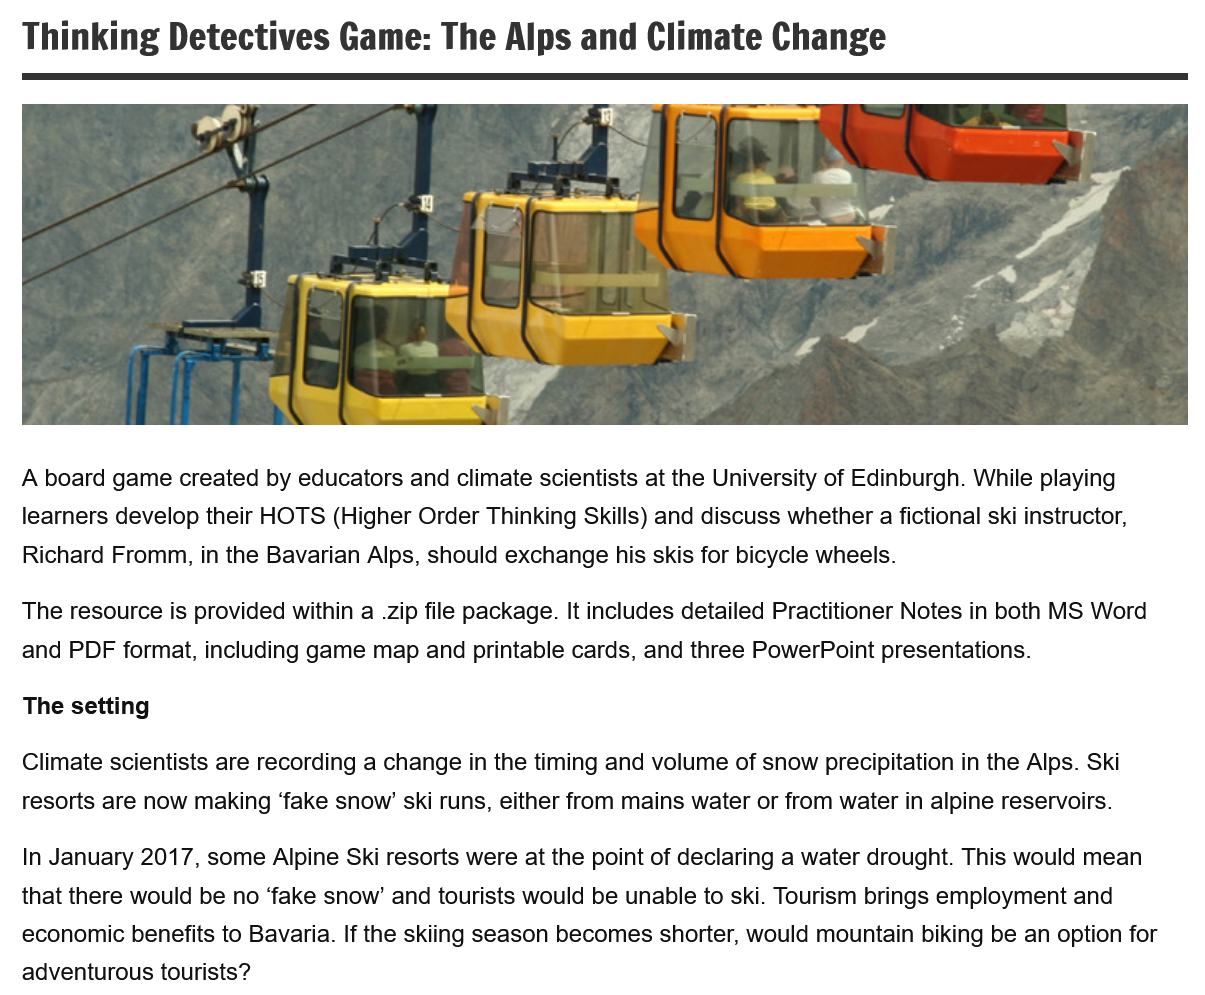
Thinking    Detectives    Game:   The   Alps  and   Climate   Change
  A board game created by educators and climate scientists at the University of Edinburgh. While playing
  learners develop their HOTS (Higher Order Thinking Skills) and discuss whether a fictional ski instructor,
   Richard Fromm, in the Bavarian Alps, should exchange his skis for bicycle wheels.
  The resource is provided within a .zip file package. It includes detailed Practitioner Notes in both MS Word
  and PDF format, including game map and printable cards, and three PowerPoint presentations.
  Climate scientists are recording a change in the timing and volume of snow precipitation in the Alps. Ski
  resorts are now making ‘fake snow’ ski runs, either from mains water or from water in alpine reservoirs.
  The setting
   In January 2017, some Alpine Ski resorts were at the point of declaring a water drought. This would mean
  that there would be no ‘fake snow’ and tourists would be unable to ski. Tourism brings employment and
  economic  benefits to Bavaria. If the skiing season becomes shorter, would mountain biking be an option for
  adventurous tourists?